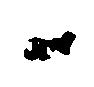
候